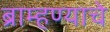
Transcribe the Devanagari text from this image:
ब्राम्हण्याचे